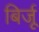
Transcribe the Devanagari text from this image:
बिर्जू